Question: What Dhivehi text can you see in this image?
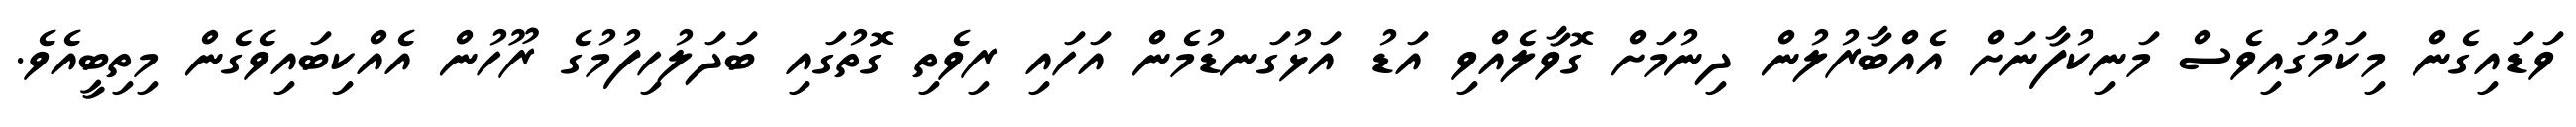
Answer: ވަޑައިގެން މިކަމުގައިވެސް މަނިކުފާނަށް އެއްބާރުލުން ދިނުމަށް ގޮވާލެއްވި އަޑު އަޅުގަނޑުމެން އަހައި ރިވެތި ގޮތުގައި ބަދަލުހިފުމުގެ ރޫހުން އެއްކިބައިވެގެން މިތިބީއެވެ.